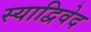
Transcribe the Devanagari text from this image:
स्याद्विवेद